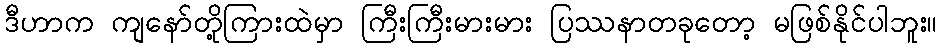
ဒီဟာက ကျနော်တို့ကြားထဲမှာ ကြီးကြီးမားမား ပြဿနာတခုတော့ မဖြစ်နိုင်ပါဘူး။